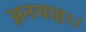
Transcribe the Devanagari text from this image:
अनचाह।।